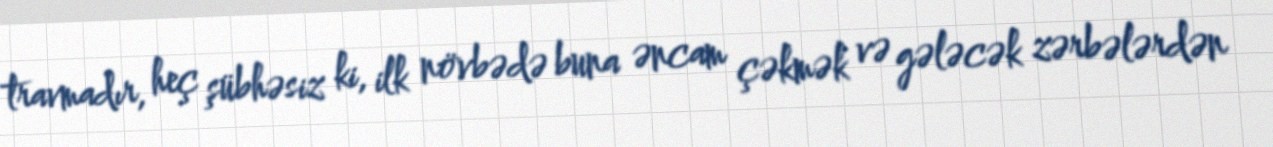
travmadır, heç şübhəsiz ki, ilk növbədə buna əncam çəkmək və gələcək zərbələrdən